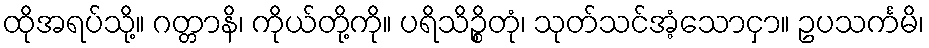
ထိုအရပ်သို့။ ဂတ္တာနိ၊ ကိုယ်တို့ကို။ ပရိသိဉ္စိတုံ၊ သုတ်သင်အံ့သောငှာ။ ဥပသင်္ကမိ၊